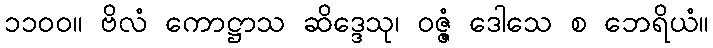
၁၁၀၀။ ဗိလံ ကောဋ္ဌာသ ဆိဒ္ဒေသု၊ ဝဇ္ဇံ ဒေါသေ စ ဘေရိယံ။